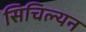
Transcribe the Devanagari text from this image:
सिचिल्यन